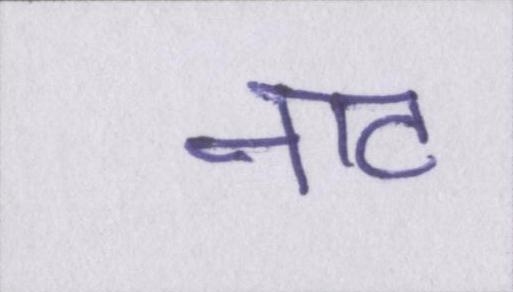
नाट